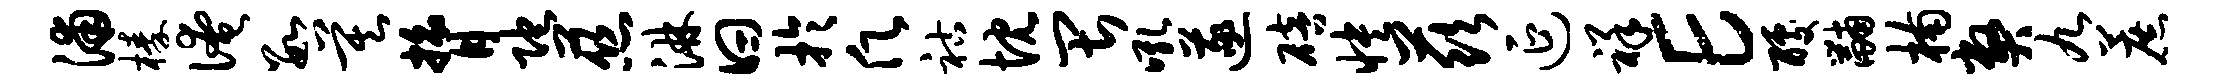
浦榛淹数莫膂陀慈淋曰于愿祜忱畏吼遂碚怏兹延祥E醵黼楠弊九蔗